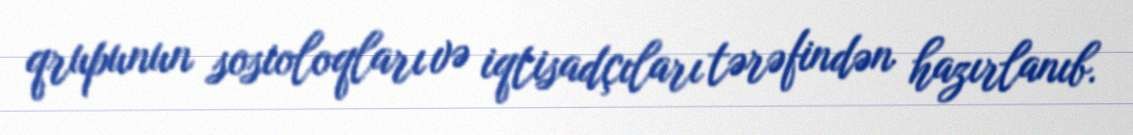
qrupunun sosioloqları və iqtisadçıları tərəfindən hazırlanıb.